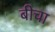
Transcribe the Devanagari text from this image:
बीचा